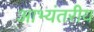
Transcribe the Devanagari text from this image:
आभ्यंतरीय